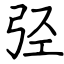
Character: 弪